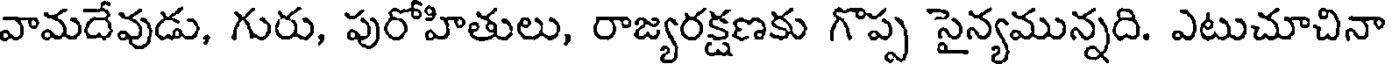
వామదేవుడు, గురు, పురోహితులు, రాజ్యరక్షణకు గొప్ప సైన్యమున్నది. ఎటుచూచినా